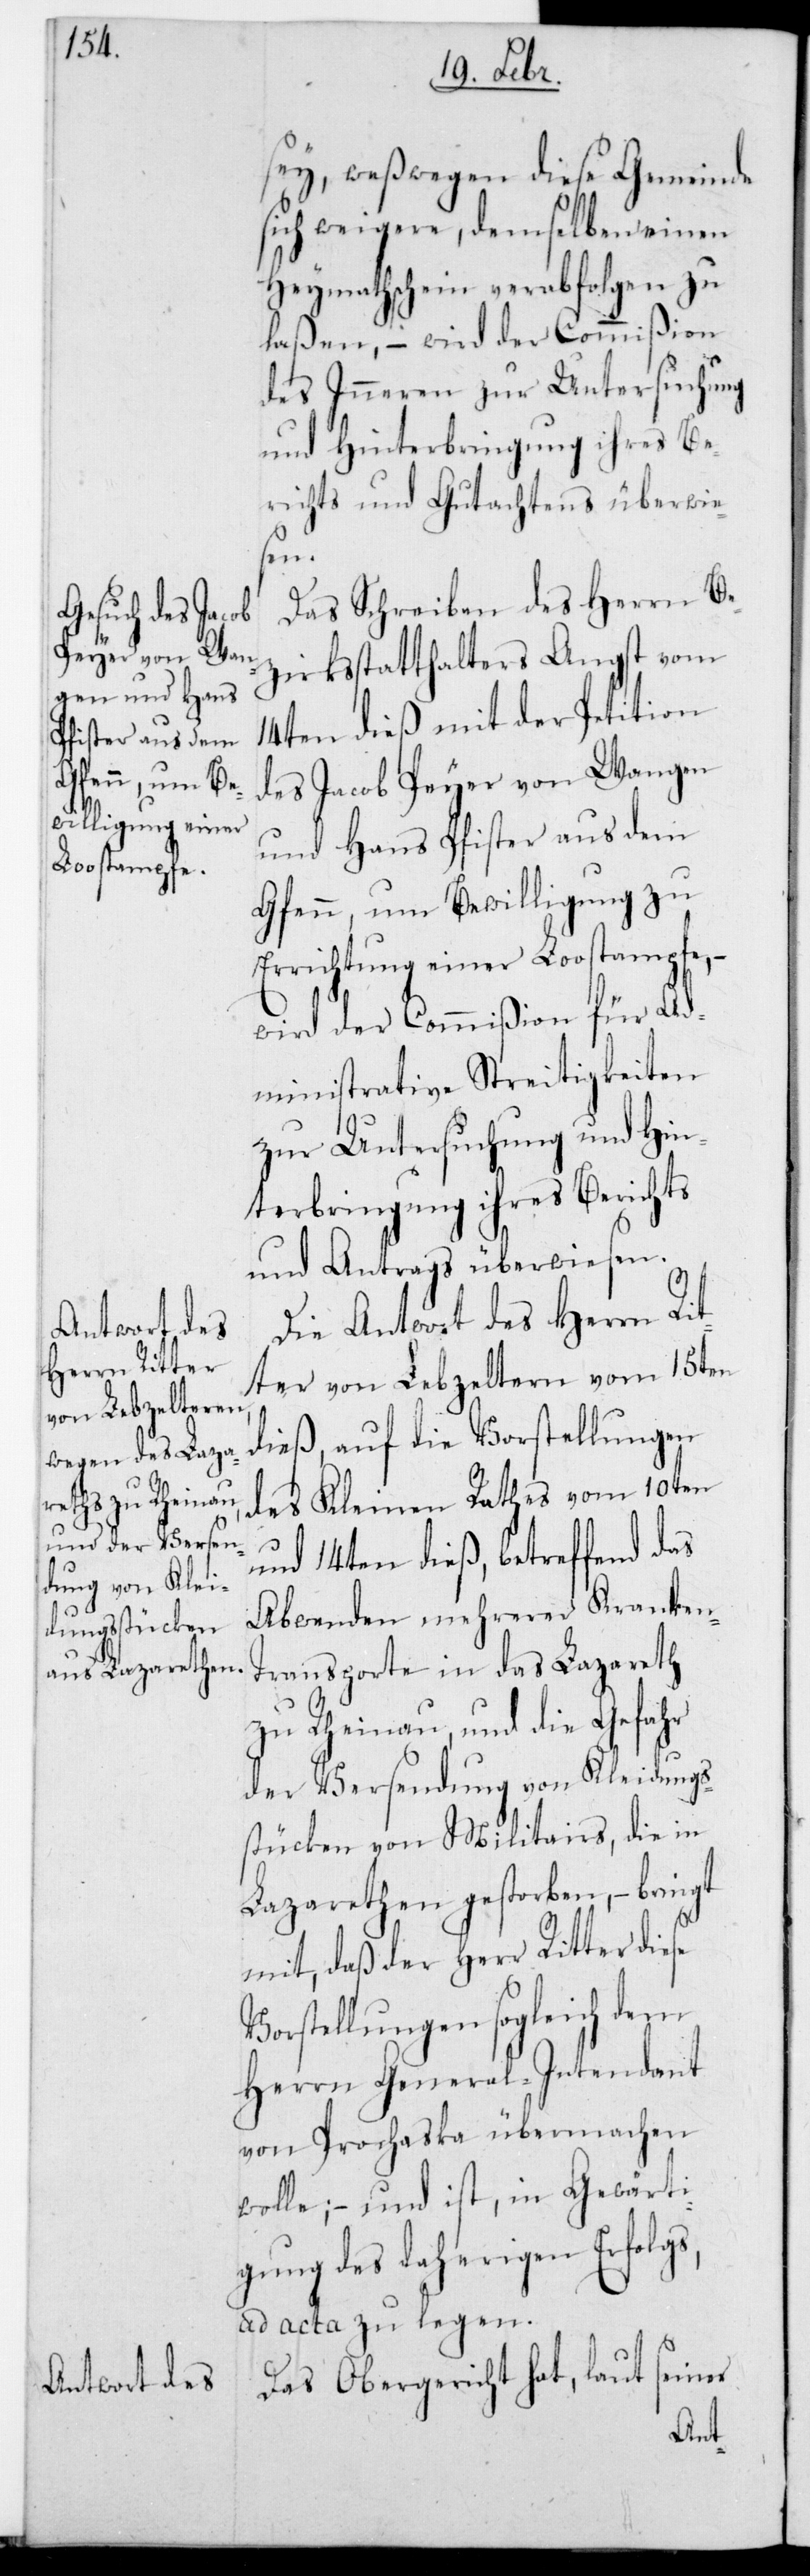
sey, weswegen diese Gemeinde
sich weigere, demselben einen
Heymathschein verabfolgen zu
laßen, – wird der Commißion
des Inneren zur Untersuchung
und Hinterbringung ihres Be¬
richts und Gutachtens überwie¬
sen.
Das Schreiben des Herrn Be¬
zirksstatthalters Angst vom
14ten dieß mit der Petition
des Jacob Peyer von Wangen
und Hans Pfister aus dem
Gfenn, um Bewilligung zu
Errichtung einer Loostampfe, –
wird der Commißion für Ad¬
ministrathive Streitigkeiten
zur Untersuchung und Hin¬
terbringung ihres Berichts
und Antrags überwiesen.
Die Antwort des Herrn Rit¬
ter von Lebzeltern vom 15ten
dieß, auf die Vorstellungen
des Kleinen Rathes vom 10ten
und 14ten dieß, betreffend das
Abwenden mehrerer Kranken¬
transporte in das Lazareth
zu Rheinau, und die Gefahr
der Versendung von Kleidungs¬
stücken von Militairs, die in
Lazarethen gestorben, – bringt
mit, daß der Herr Ritter diese
Vorstellungen sogleich dem
Herrn General-Intendant
von Prochaska übermachen
wolle; – und ist, in Gewärti¬
gung des daherigen Erfolgs,
ad acta zu legen.
Das Obergericht hat, laut seiner